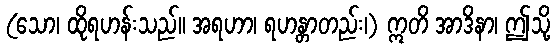
(သော၊ ထိုရဟန်းသည်။ အရဟာ၊ ရဟန္တာတည်း၊) ဣတိ အာဒိနာ၊ ဤသို့